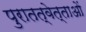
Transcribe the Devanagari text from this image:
पुरातत्‍वेत्‍ताओं